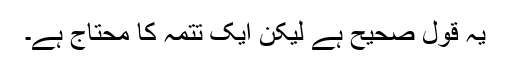
یہ قول صحیح ہے لیکن ایک تتمہ کا محتاج ہے۔